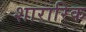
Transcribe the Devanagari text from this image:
शारारिक